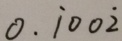
0 . \dot { 1 } 0 0 \dot { 2 }